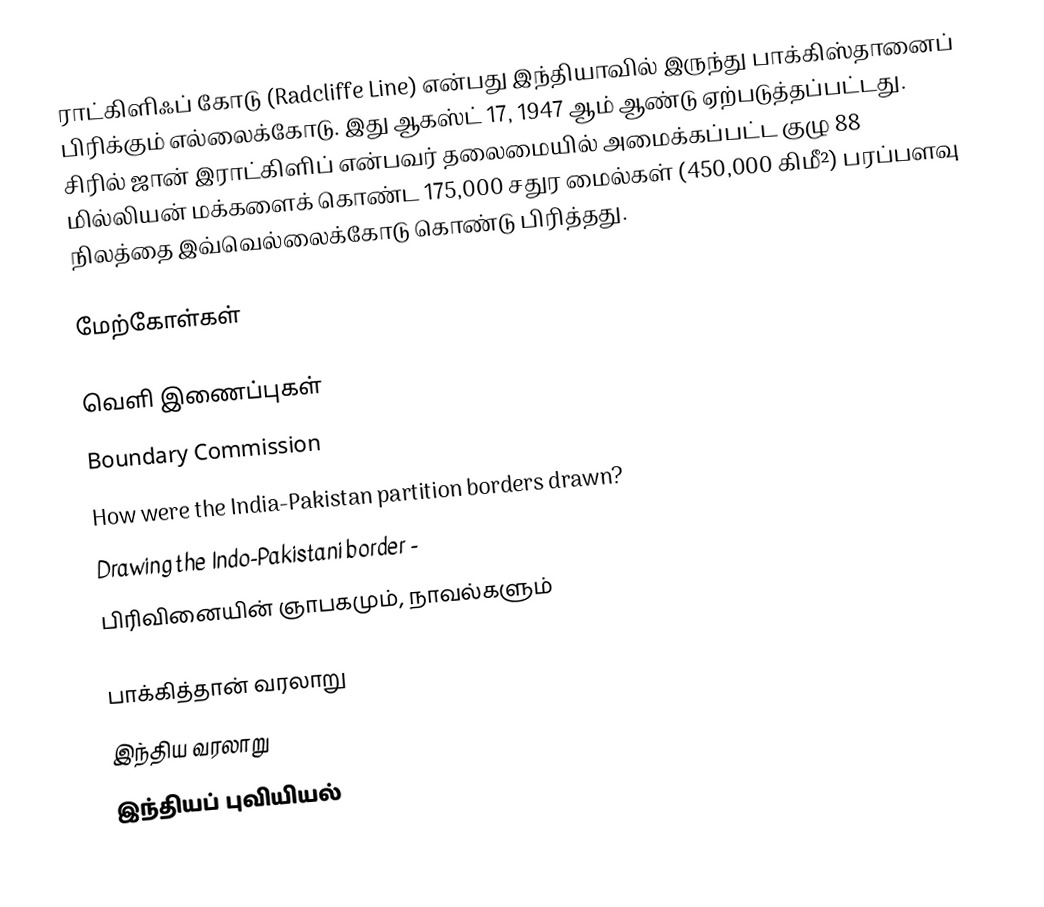
ராட்கிளிஃப் கோடு (Radcliffe Line) என்பது இந்தியாவில் இருந்து பாக்கிஸ்தானைப் பிரிக்கும் எல்லைக்கோடு. இது ஆகஸ்ட் 17, 1947 ஆம் ஆண்டு ஏற்படுத்தப்பட்டது. சிரில் ஜான் இராட்கிளிப் என்பவர் தலைமையில் அமைக்கப்பட்ட குழு 88 மில்லியன் மக்களைக் கொண்ட 175,000 சதுர மைல்கள் (450,000 கிமீ²) பரப்பளவு நிலத்தை இவ்வெல்லைக்கோடு கொண்டு பிரித்தது.

மேற்கோள்கள்

வெளி இணைப்புகள்
  Boundary Commission
 How were the India-Pakistan partition borders drawn?
Drawing the Indo-Pakistani border  -
பிரிவினையின் ஞாபகமும், நாவல்களும்

பாக்கித்தான் வரலாறு
இந்திய வரலாறு
இந்தியப் புவியியல்